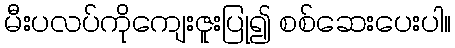
မီးပလပ်ကိုကျေးဇူးပြု၍ စစ်ဆေးပေးပါ။